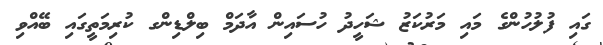
ގައި ފުލުހުންގެ މައި މަރުކަޒު ޝަހީދު ހުސައިން އާދަމް ބިލްޑިންގ ކުރިމަތީގައި ބޭއްވި